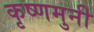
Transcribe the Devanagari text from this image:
कृष्णमुनी